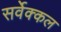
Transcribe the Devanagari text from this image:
सर्वेक्कल